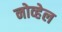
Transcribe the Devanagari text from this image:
नोव्हेल